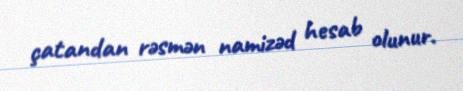
çatandan rəsmən namizəd hesab olunur.